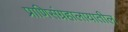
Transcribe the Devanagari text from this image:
प्राणिसंग्रहालायातील